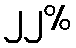
၂၂%